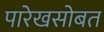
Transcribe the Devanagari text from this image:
पारेखसोबत